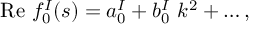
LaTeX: \mathrm { R e ~ } f _ { 0 } ^ { I } ( s ) = a _ { 0 } ^ { I } + b _ { 0 } ^ { I } \ k ^ { 2 } + \ldots ,